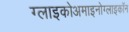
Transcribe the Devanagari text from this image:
ग्लाइकोअमाइनोग्लाइकॉन